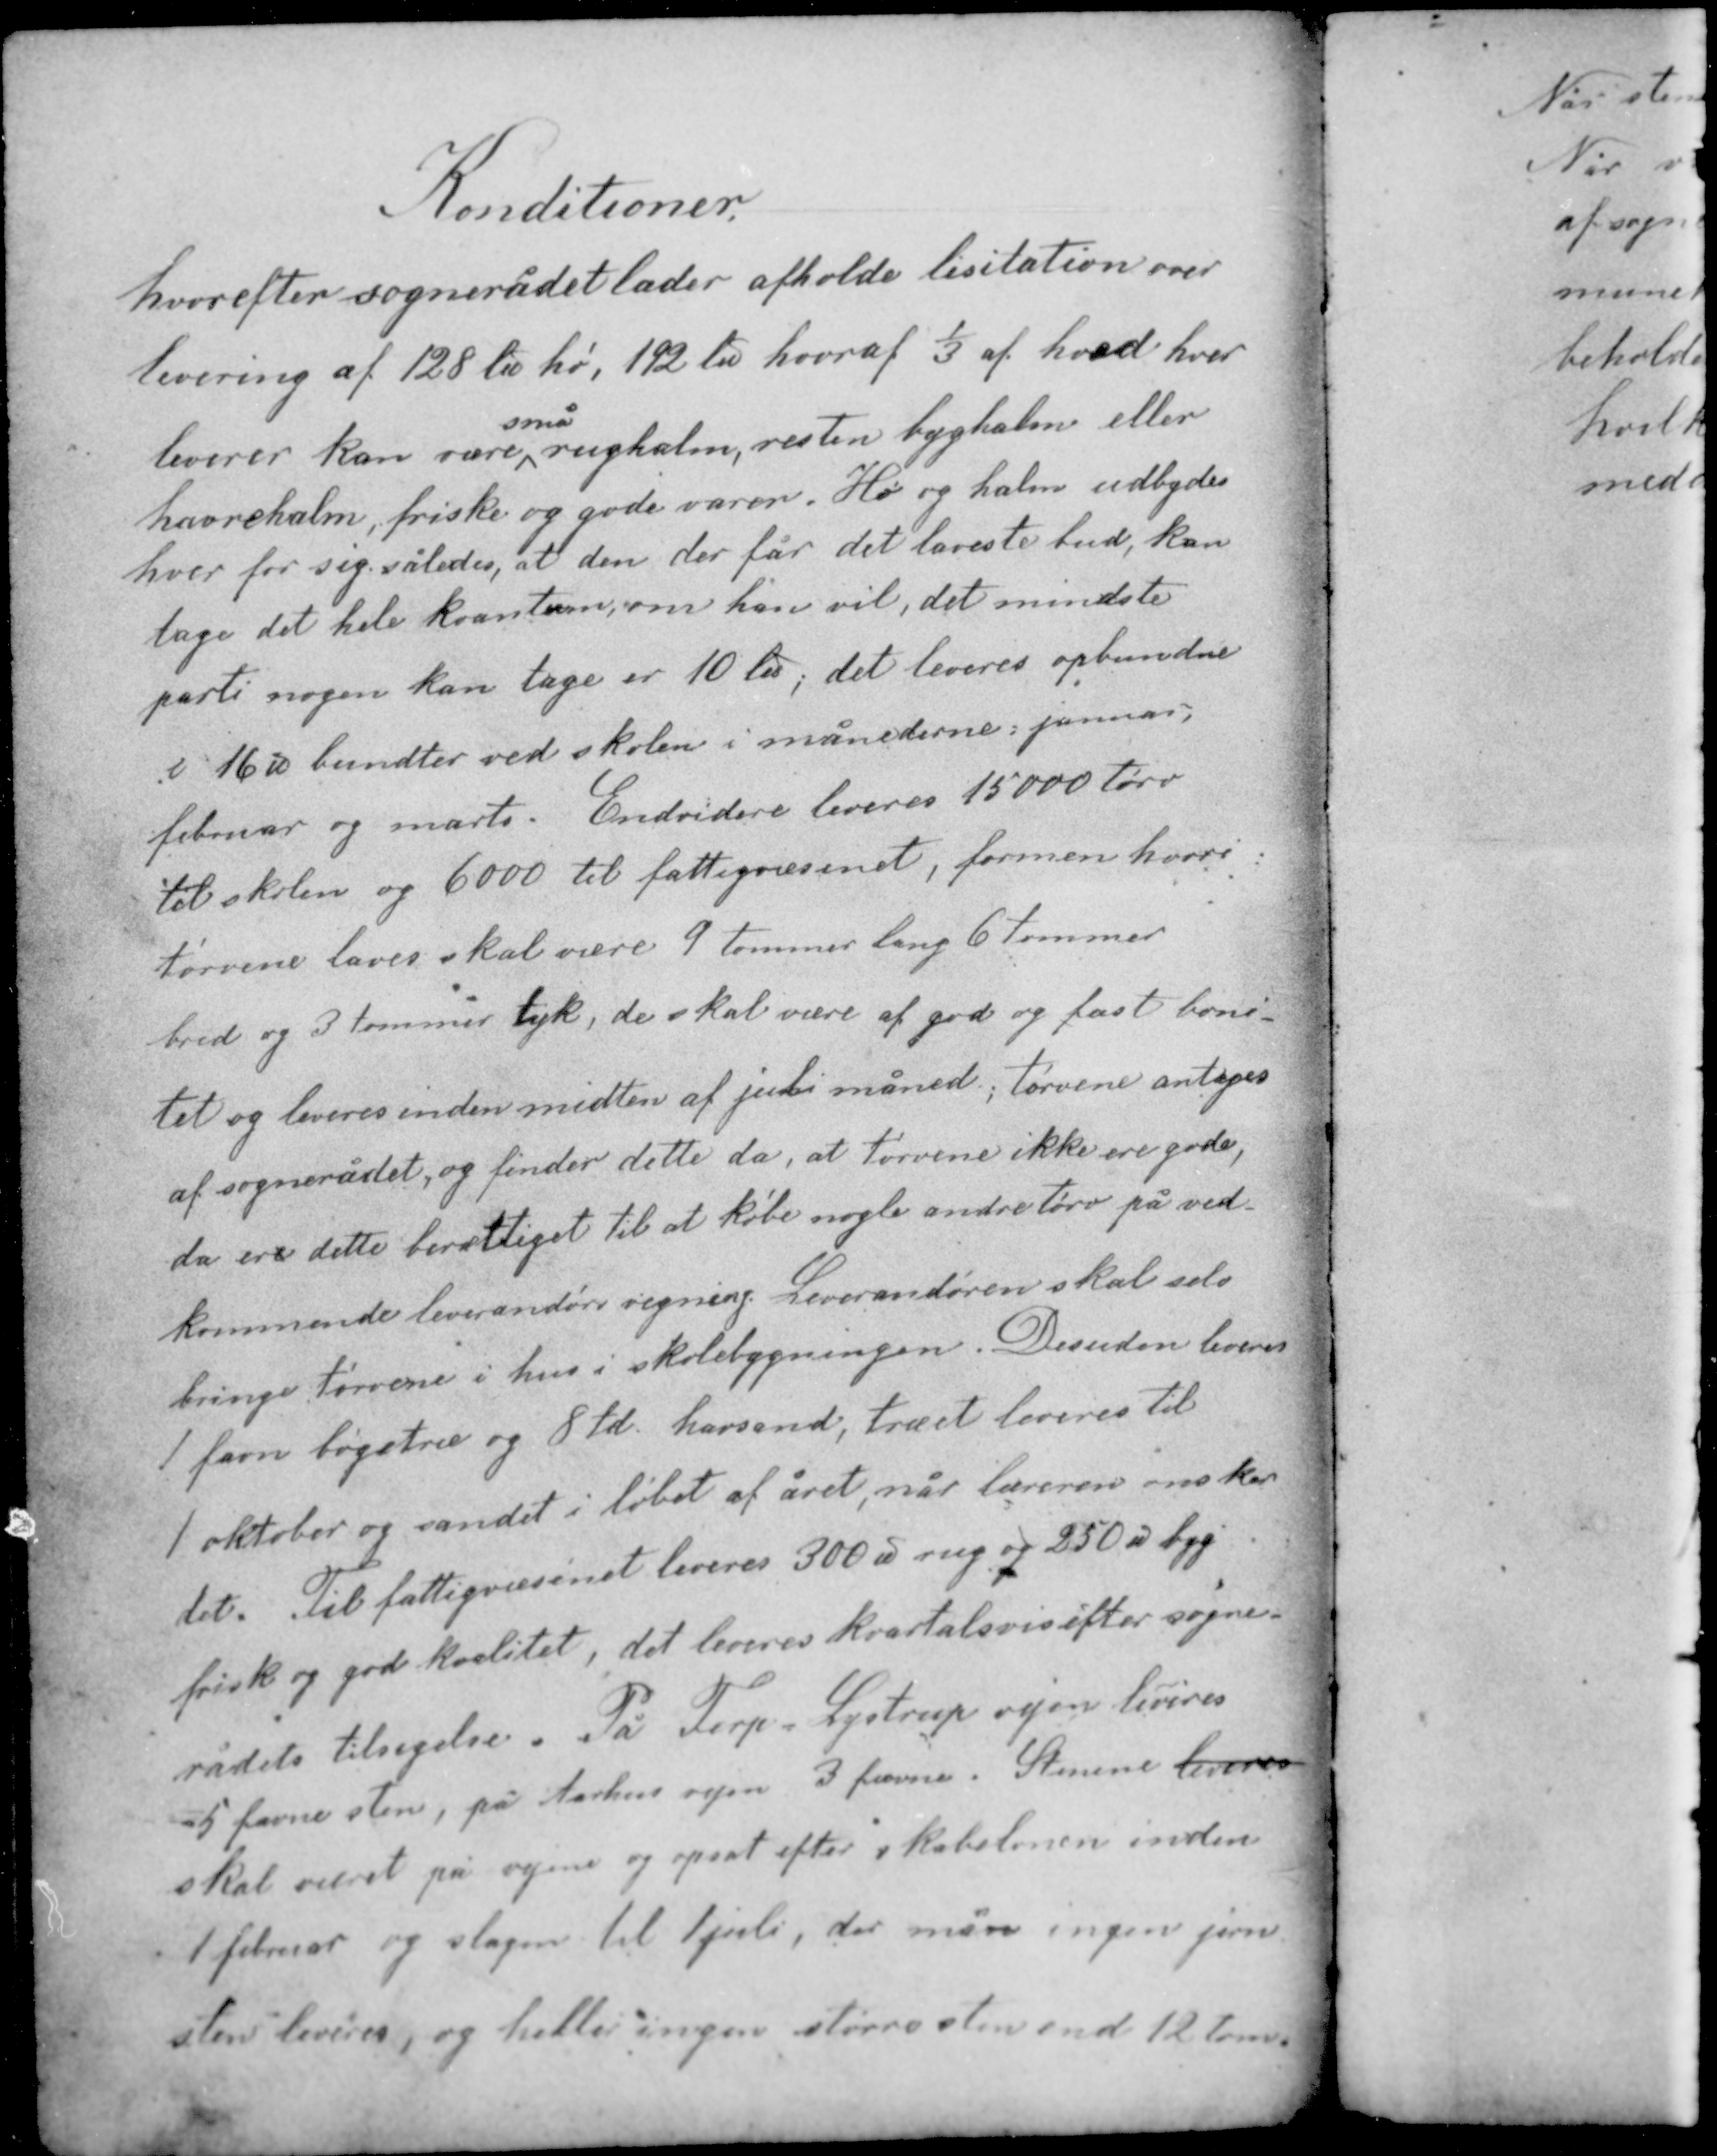
Transskription:
Konditioner

hvorefter sognerådet lader afholde lisitation over
levering af 128 ℔ hø, 192 ℔ hvoraf 1/3 af hvad hver
leverer  kan være små rughalm, resten byghalm eller
havrehalm, friske og gode varer. Hø og halm udbydes
hver for sig således, at den der får det laveste bud kan
tage det hele kvantum om han vil, det mindste
parti nogen kan tage er 10℔, det leveres opbundne
i 16 ℔ bundter ved skolen i månederne januar,
februar og marts. Endvidere leveres 15000 tørv
til skolen og 6000 til fattigvæsenet, formen hvori

tørvene laves skal være 9 tommer lang 6 tommer
bred og 3 tommer tyk, de skal være af god og fast boni-
tet og leveres inden midten af juli måned, tørvene antages
af sognerådet, og finder dette da, at tørvene ikke ere gode,
da ere dette berettiget til at købe nogle andre tørv på ved-
kommende leverandørs regning. Leverandøren skal selv
bringe tørvene i hus i skolebygningen. Desuden leveres
1 favn bøgetræ og 8 td havsand, træet leveres til

1 oktober og sandet i løbet af året, når læreren ønsker
det. Til fattigvæsenet leveres 300 ℔ rug og 250 ℔ byg
frisk og god kvalitet, det leveres kvartalsvis efter sogne-
rådets tilsigelse. På Terp Lystrup vejen leveres
5 favne sten, p Aarhus vejen 3 favne. Stenene leveres
skal været på vejene og opsat efter skabelonen inden
1 februar og slagen til 1 juli, der må ingen jern-
sten leveres, og heller ingen større sten end 12 tom.